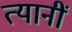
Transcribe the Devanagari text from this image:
त्यानीं